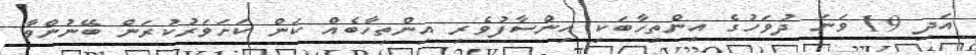
އަދި 19 ވަނަ ދުވަހުގެ އިންތިހާބަކި އިންސާފުވެރި އިންތިހާބެއް ކަން ކަށަވަރުކުރަން ބޭނުންވާ